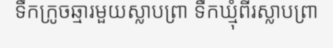
ទឹកក្រូចឆ្មារមួយស្លាបព្រា ទឹកឃ្មុំពីរស្លាបព្រា